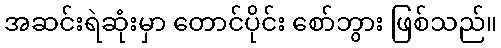
အဆင်းရဲဆုံးမှာ တောင်ပိုင်း စော်ဘွား ဖြစ်သည်။